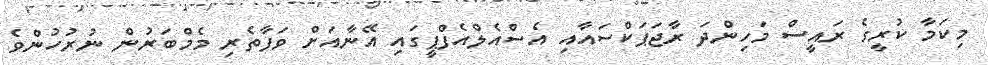
މިކަމާ ކުރީގެ ރައީސް މަހިންދަ ރާޖަޕަކްސައާއި އެސްއެލްއެފްޕީގައި އޭނާއަށް ވަފާތެރި މެމްބަރުން ނުރުހުންވެ